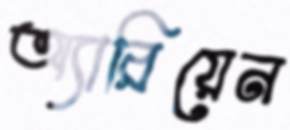
অ্যারিয়েন